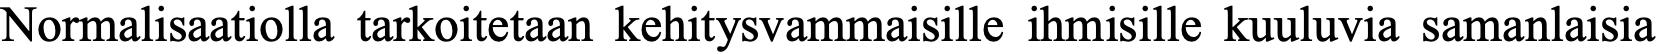
Normalisaatiolla tarkoitetaan kehitysvammaisille ihmisille kuuluvia samanlaisia